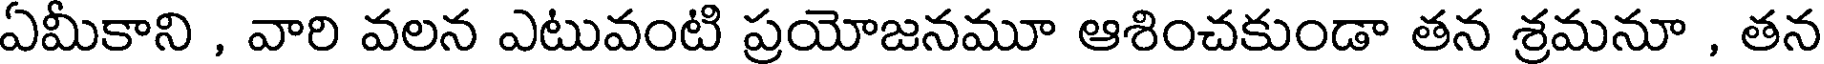
ఏమీకాని , వారి వలన ఎటువంటి ప్రయోజనమూ ఆశించకుండా తన శ్రమనూ , తన